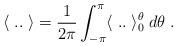
\begin{align*}\langle \; .. \; \rangle = \frac{1}{2\pi}\int_{-\pi}^{\pi}\langle \; .. \; \rangle^\theta_0 \; d\theta \;.\end{align*}